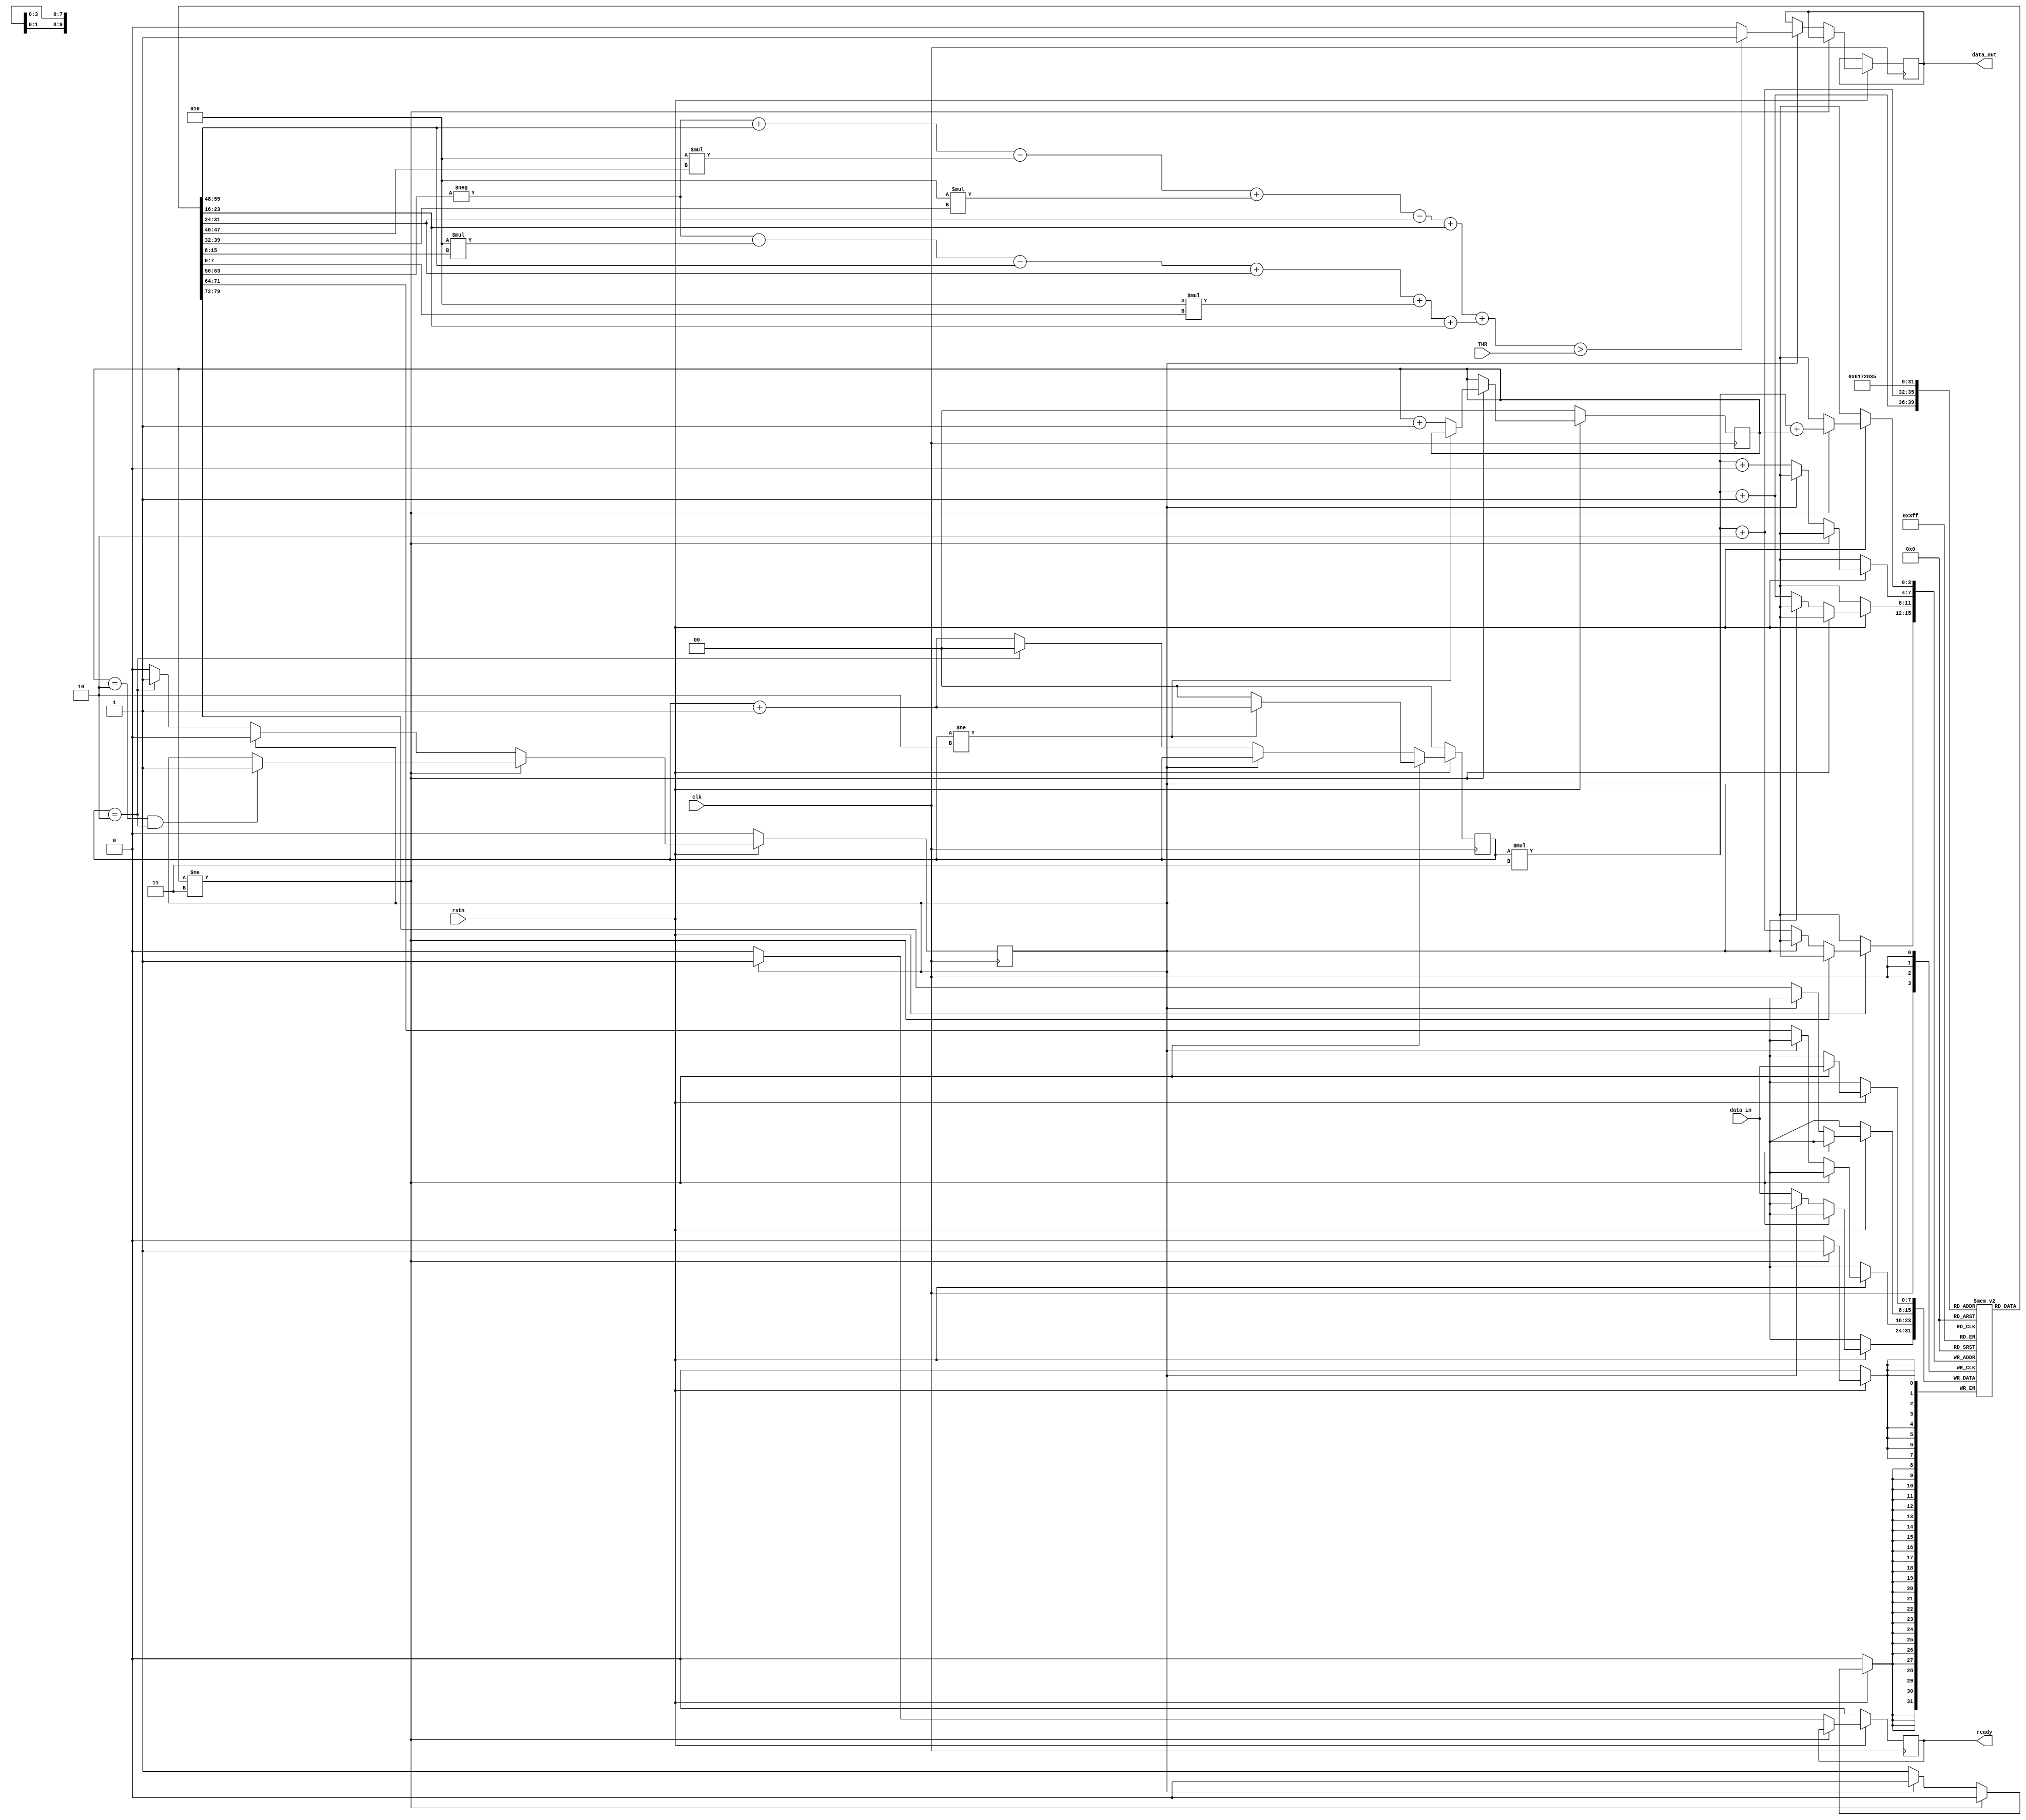
//`timescale 1ns / 1ps
////////////////////////////////////////////////////////////////////////////////////
//// Company: 
//// Engineer: 
//// 
//// Design Name: 
//// Module Name: sobel
//// Project Name: 
//// Target Devices: 
//// Tool Versions: 
//// Description: 
//// 
//// Dependencies: 
//// 
//// Revision:
//// Revision 0.01 - File Created
//// Additional Comments:
//// 
////////////////////////////////////////////////////////////////////////////////////


module sobel
#(
    parameter H = 200,
    parameter W = 160
)
(
    input clk,
    input rstn,
    input[7:0] data_in,
	 input[7:0] THR,
    output reg ready,
    output reg data_out
);

reg signed[7:0] ROM_Gray [2:0][2:0];
// reg signed[15:0] ROM_Edge;

reg[1:0] W_counter;
reg[1:0] H_counter;

reg signed[15:0] Gx;
reg signed[15:0] Gy;

reg dataReady;

always @(posedge clk) begin
    if(!rstn) begin
        W_counter <= 0;
        H_counter <= 0;
        dataReady <= 0;
        ready <= 0;
    end else if(W_counter != 3) begin
        if(H_counter != 2) begin
            H_counter <= H_counter + 1;
        end else begin
            H_counter <= 0;
            W_counter <= W_counter + 1;
        end

        if(W_counter == 2 && H_counter == 2)
            dataReady <= 1;

        ROM_Gray[H_counter][W_counter] <= data_in;
    end else if(!dataReady) begin
        H_counter <= (H_counter == 2) ? 0 : H_counter + 1;

        ROM_Gray[H_counter][0] <= ROM_Gray[H_counter][1];
        ROM_Gray[H_counter][1] <= ROM_Gray[H_counter][2];
        ROM_Gray[H_counter][2] <= data_in;

        if(H_counter == 2)
            dataReady <= 1;
        ready <= 0;
    end else begin
        // ROM_Edge <= Gx + Gy;
        if(Gx + Gy > THR)
            data_out <= 1;
        else
            data_out <= 0;

        ready <= 1;
        dataReady <= 0;
    end
end

always @(*) begin
    Gx = -ROM_Gray[0][0] + ROM_Gray[2][0] -
        2 * ROM_Gray[0][1] + 2 * ROM_Gray[2][1] -
        ROM_Gray[0][2] + ROM_Gray[2][2];

    Gy = -ROM_Gray[0][0] - 2 * ROM_Gray[1][0] -
        ROM_Gray[2][0] + ROM_Gray[0][2] +
        2 * ROM_Gray[1][2] + ROM_Gray[2][2];
end

endmodule